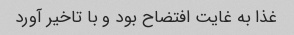
غذا به غایت افتضاح بود و با تاخیر آورد